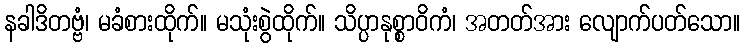
နခါဒိတဗ္ဗံ၊ မခံစားထိုက်။ မသုံးစွဲထိုက်။ သိပ္ပာနုစ္စာဝိကံ၊ အတတ်အား လျောက်ပတ်သော။